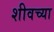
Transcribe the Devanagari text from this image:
शीवच्या